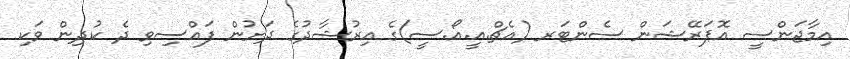
އިމާޖަންސީ އޮޕަރޭޝަން ސެންޓަރ (އެޗް.އީ.އޯ.ސީ)ގެ އިރުޝާދުގެ ދަށުން ފައްސިވި ދެ ކުދިން ވަކި